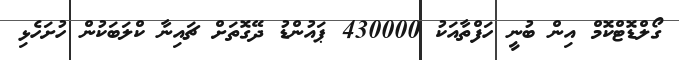
ގޯލްޑޮޓްކޮމް އިން ބުނީ ހަފްތާއަކު 430000 ޕައުންޑު ދޭގޮތަށް ޗައިނާ ކްލަބަކުން ހުށަހެޅި